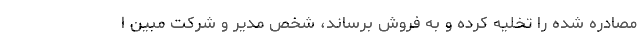
مصادره شده را تخلیه کرده و به فروش برساند، شخص مدیر و شرکت مبین ا